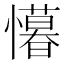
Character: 𭟒